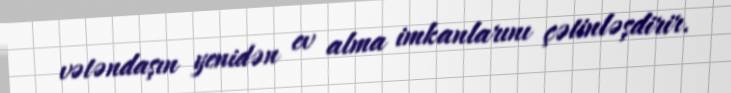
vətəndaşın yenidən ev alma imkanlarını çətinləşdirir.